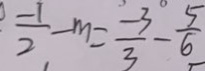
\frac { - 1 } { 2 } - m = \frac { - 3 } { 3 } - \frac { 5 } { 6 }